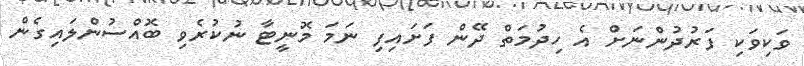
ވަކިވަކި ފަރުދުންނަށް އެ ހިދުމަތް ދޭން ފަށައިފި ނަމަ މޮނީޓާ ނުކުރެވި ބޮއްސުންލައިގެން